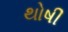
થોષી